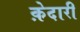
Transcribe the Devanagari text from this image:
क़ेदारी